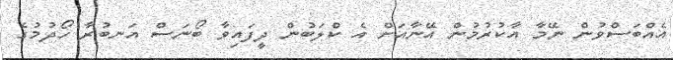
އެއްބަސްވުން ނޭމާ އާކުރުމުން އޭނާއަށް އެ ކްލަބުން ދީފައިވާ ބޯނަސް އަނބުރާ ހޯދުމުގެ